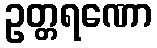
ဥတ္တရဏော